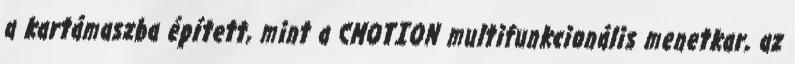
a kartámaszba épített, mint a CMOTION multifunkcionális menetkar, az